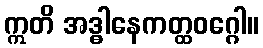
ဣတိ အဒ္ဓါနေကတ္ထဝဂ္ဂေါ။